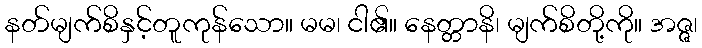
နတ်မျက်စိနှင့်တူကုန်သော။ မမ၊ ငါ၏။ နေတ္တာနိ၊ မျက်စိတို့ကို။ အဇ္ဇ၊